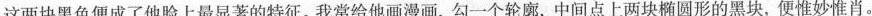
这两块黑色便成了他脸上最显著的特征。我常给他画漫画，勾一个轮廓，中间点上两块椭圆形的黑块，便惟妙惟肖。